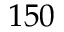
1 5 0